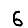
Digit: 6